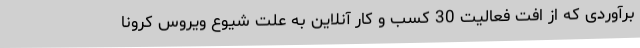
برآوردی که از افت فعالیت 30 کسب و کار آنلاین به علت شیوع ویروس کرونا